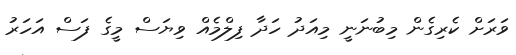
ވަރަށް ކެރިގެން މިބުނަނީ މިއަދު ހަދާ ފިލްމެއް ވިޔަސް މީގެ ފަސް އަހަރު